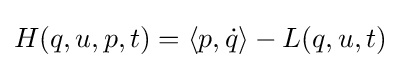
H(q,u,p,t)=\langle p,{\dot {q}}\rangle -L(q,u,t)